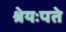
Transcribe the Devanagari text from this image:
श्रेयःपते